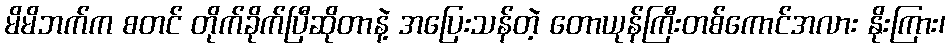
မိမိဘက်က စတင် တိုက်ခိုက်ပြီဆိုတာနဲ့ အပြေးသန်တဲ့ တောယုန်ကြီးတစ်ကောင်အလား နိုးကြား၊